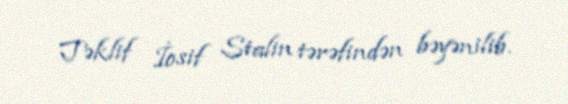
Təklif İosif Stalin tərəfindən bəyənilib.